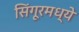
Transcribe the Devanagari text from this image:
सिंगूरमध्ये